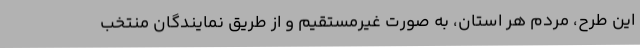
این طرح، مردم هر استان، به صورت غیرمستقیم و از طریق نمایندگان منتخب